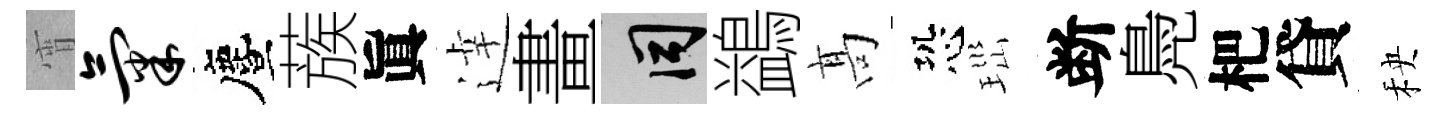
宵气󵨌蔟眞逹畫间鷁髙恐𤤼断鳧杷貸秧